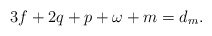
\begin{align*} 3f + 2q + p + \omega + m = d_m.\end{align*}